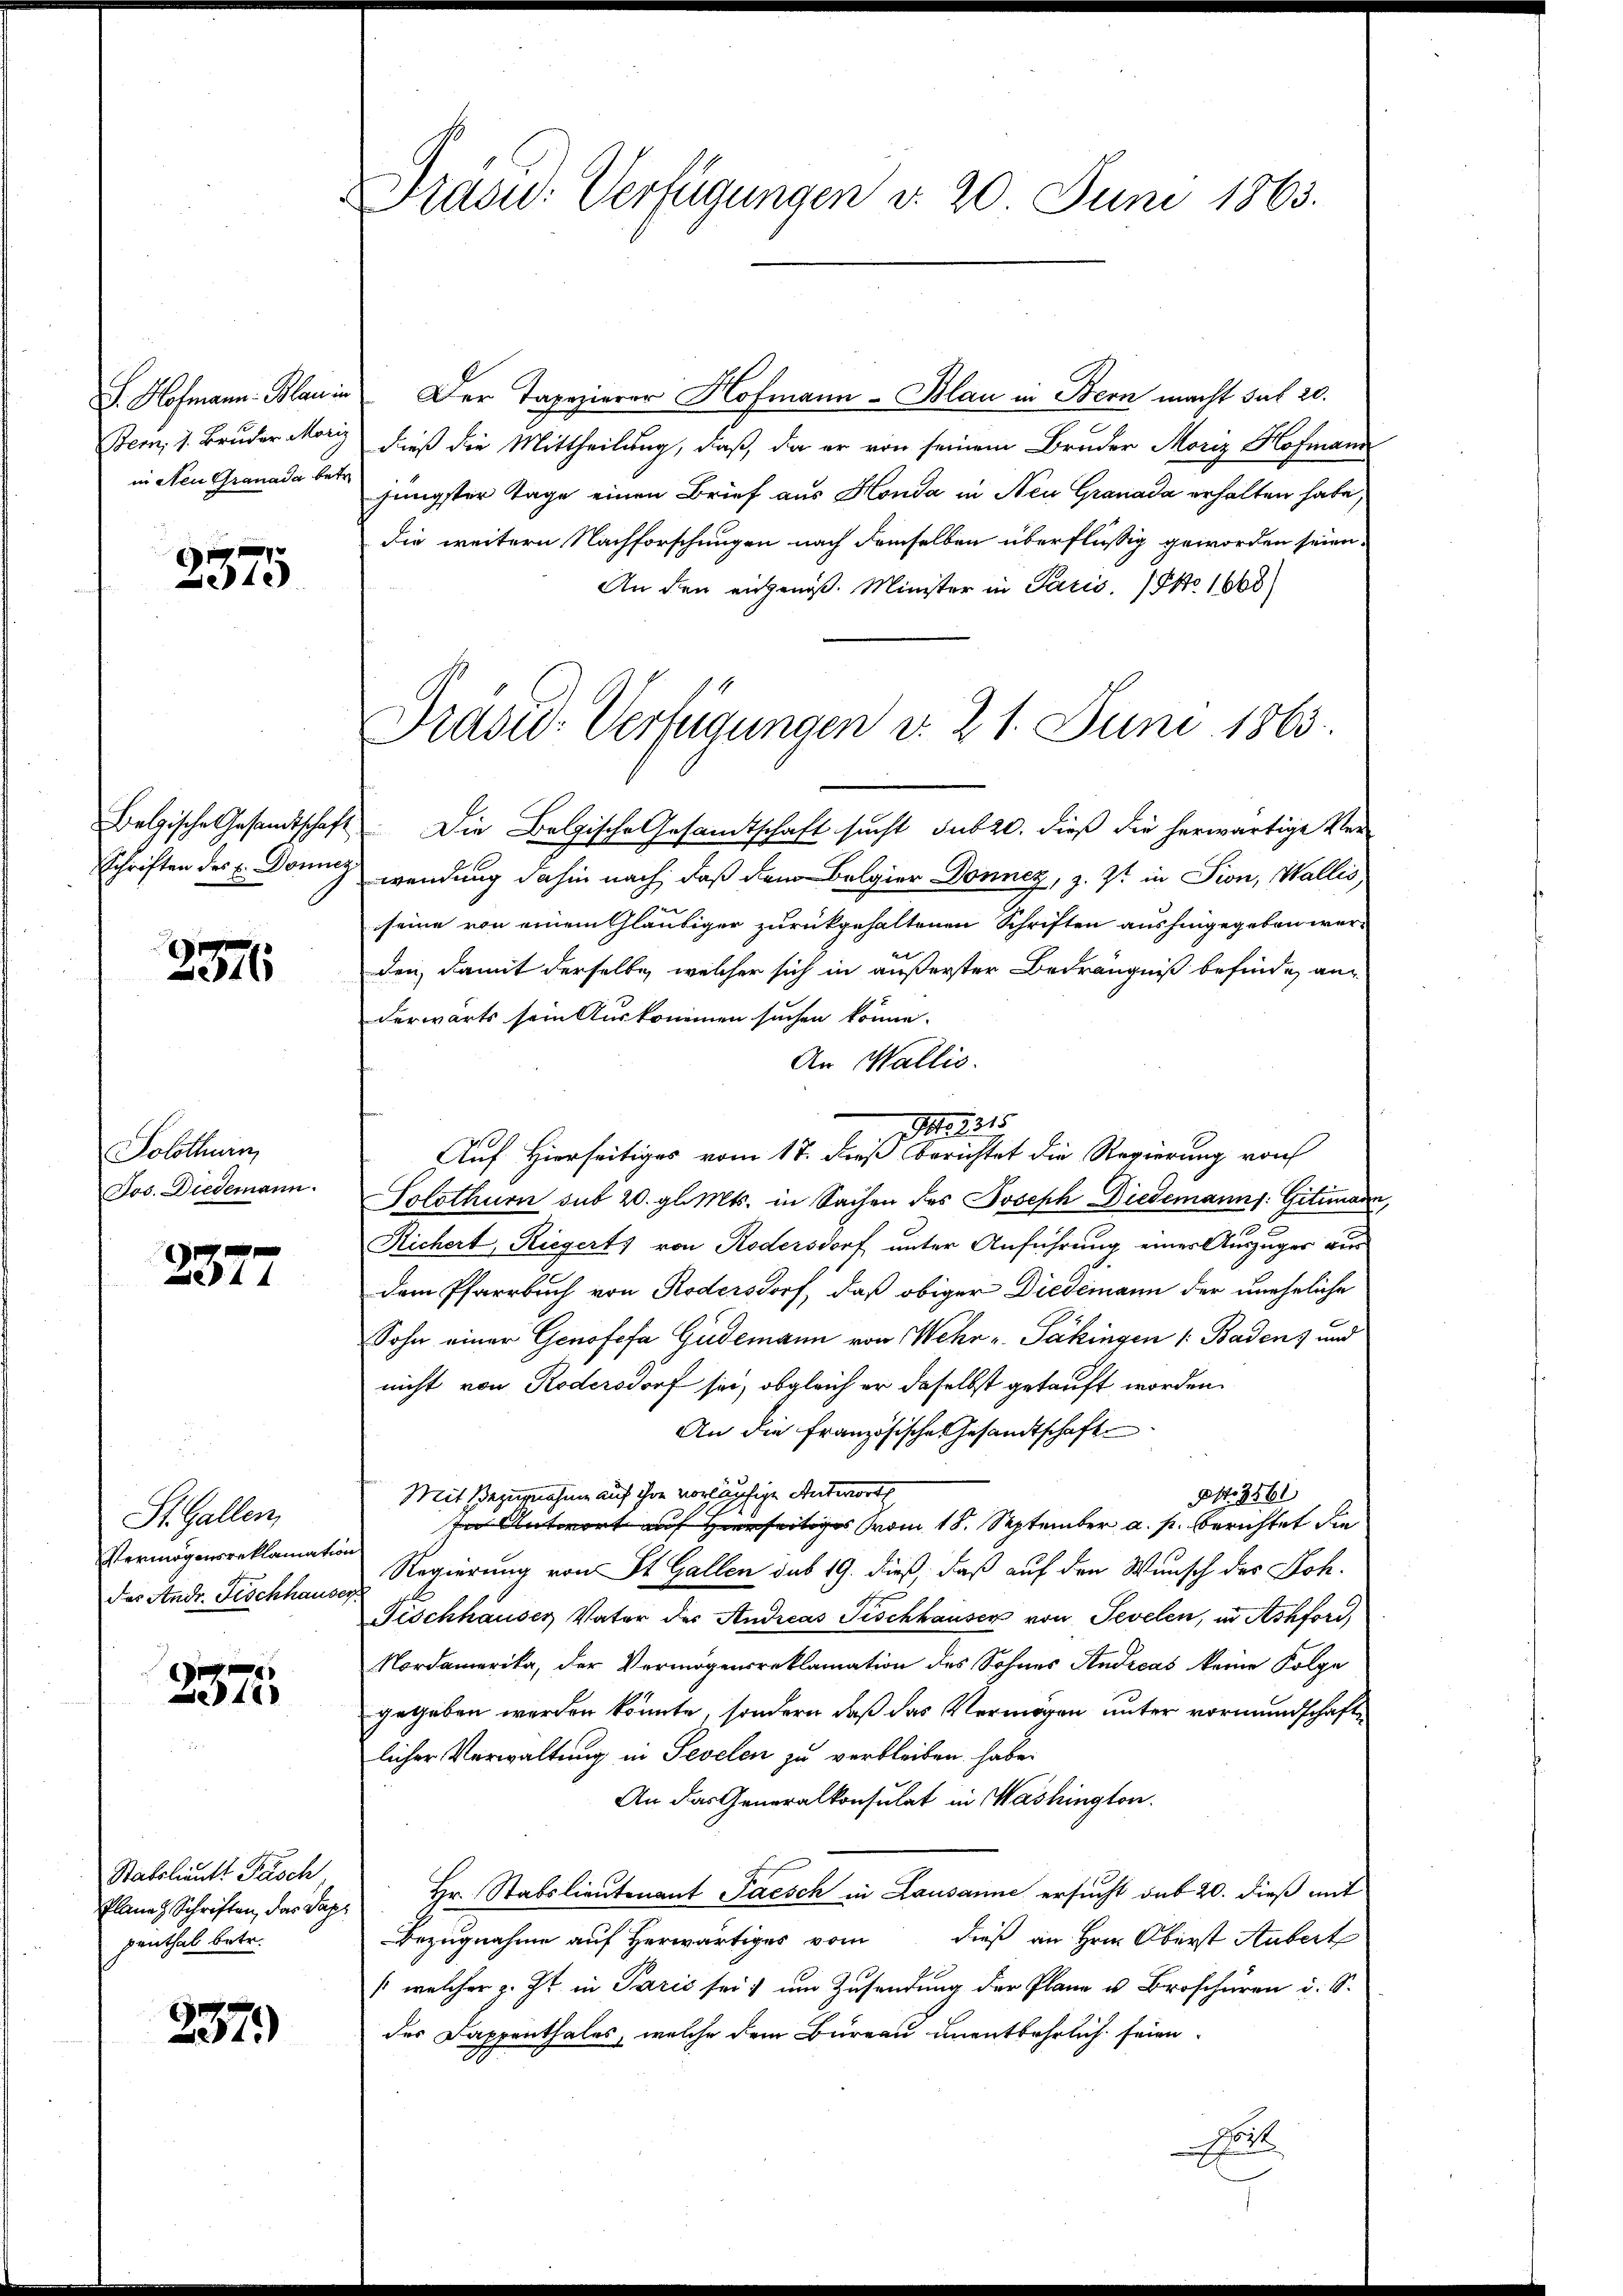
S. Hofmann. Blau in
Bern, 1. Bruder Mori
in Neu Granade betr

2375

Belzische Gesandtschaft
Schriften des E. Donner

2576

Solothurn
Jos. Diedemann.

1
44

St. Gallen,
Vermögensreklamation
das Andr. Fischhause,

2375

Stabslieutt Pasch,
Plane Schriften, das Papi
penthal betr.

237)

Prasid: Verfügungen d. 20 Juni 1863.

Präsid.-Verfügungen d. 21. Juni 1863.

Der Tapezierer Hofmann-Blau in Bern macht sub 20.
dieß die Mittheilung, daß, da er von seinem Bruder Moriz Hofmann
jüngster Tage einen Brief aus Honda in Neu Granada erhalten habe,
die weitern Nachforschungen nach demselben überflüssig geworden seien.
An den eingenoß. Minister in Paris, No 1668
Die Belgische Gesamtschaft sucht sub 20. dieß die herwärtige Ver-
wendung dahin nach, daß dem Belgier Donnez, z. Zt. in Pion, Wallis
seine von einem Gläubiger zurückgehaltenen Schriften aushingegeben werden, damit derselbe, welcher sich in äußerster Bedrängniß befinde, anderwärts sein Auskommen suchen könne.
An Wallis.
Auf Hierseitiges vom 17. dieß berichtet die Regierung von
Solothurn sub 20. gl. Mts. in Sachen des Joseph Diedemanns: Gittmann,
Richert, Riegerts von Rodersdorf unter Anführung eines Auszuger aus
dem Pfarrbuch von Rodersdorf, daß obiger Diedemann der uneheliche
Sohn einer Genofefa Gudemann von Wehr u. Päkingen /: Baden) und
nicht von Redersdorf sei, obgleich er daselbst getauft worden.
An die französische Gesandtschaft
Mit Bezugnahme auf ihre vorläufige Antwort
Art. 3561
In Antwort auf Hierseitiges vom 18. September a. p. berichtet die
Regierung von St. Gallen sub 19. dieß, daß auf den Wunsch des Joh.
S
Fischhäuser Vater des Andreas Tischhauser von Sevelen, in Ashfori,
Nordamerika, der Vermögensreklamation des Sohnes Andreas keine Folge
gegeben werden könnte, sondern daß das Vermögen unter vormundschafte
licher Verwaltung in Seelen zu verbleiben habe.
An das Generalkonsulat in Washington.
Hr. Stabslieutenant Paesch in Lausanne ersucht sub 20. dieß mit
Bezugnahme auf herwärtiges vom dieß an Hrn. Oberst Aubert
/: welcher z. Zt. in Paris sei, um Zusendung der Plane u. Broschüren i. S.
des Dappenthales, welche dem Bureau unentbehrlich seien
o

Art. 1315